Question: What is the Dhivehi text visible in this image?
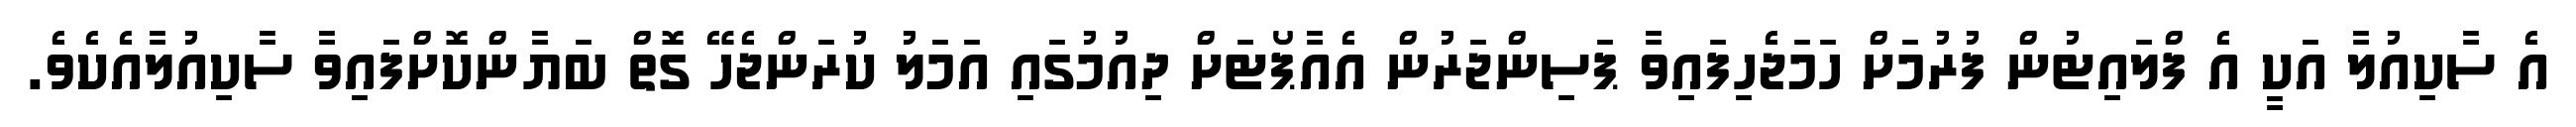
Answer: އެ ސާކިއުލާ އަކީ އެ ފްލައިޓުން ފުރުމަށް ހަމަޖެހިފައިވާ ޕަސިންޖަރުން އެއާޕޯޓަށް ދިއުމުގައި އަމަލު ކުރަންޖެހޭ ގޮތް ބަޔާންކޮށްފައިވާ ސާކިއުލާއެކެވެ.